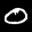
Label: 0